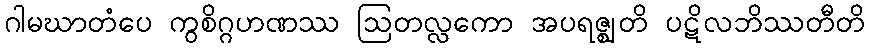
ဂါမဃာတံပေ ကွစိဂ္ဂဟဏဿ ဩတလ္လကော အပရဇ္ဈတိ ပဋိလဘိဿတီတိ